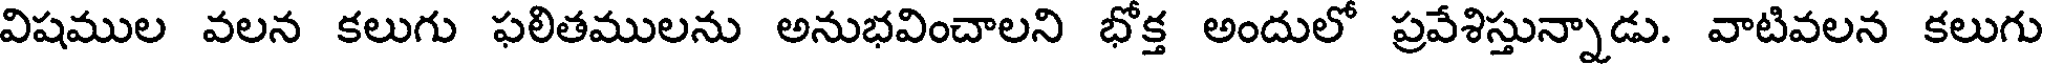
విషముల వలన కలుగు ఫలితములను అనుభవించాలని భోక్త అందులో ప్రవేశిస్తున్నాడు. వాటివలన కలుగు